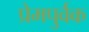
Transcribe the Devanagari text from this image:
प्रेमपुर्वक